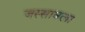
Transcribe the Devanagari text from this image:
जस्सावला